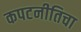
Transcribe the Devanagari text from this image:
कपटनीतिचा